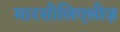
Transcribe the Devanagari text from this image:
मारसीलिएलीज़